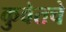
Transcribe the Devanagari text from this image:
कुवेतचे